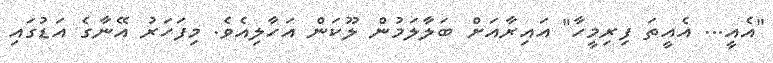
"އެއީ... އެއީތަ ފިރިމީހާ" އައިރާއަށް ބަލާލަމުން ލޫކަން އަހާލިއެވެ. މިފަހަރު އޭނާގެ އަޑުގައި